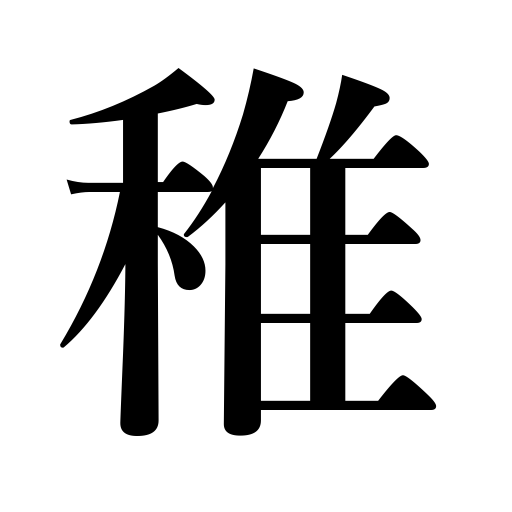
Meanings: young